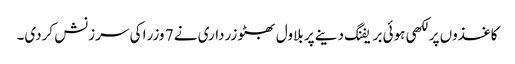
کاغذوں پر لکھی ہوئی بریفنگ دینے پر بلاول بھٹو زرداری نے 7 وزرا کی سرزنش کردی۔